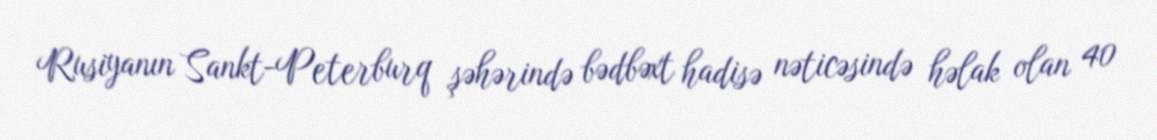
Rusiyanın Sankt-Peterburq şəhərində bədbəxt hadisə nəticəsində həlak olan 40